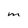
Character: M